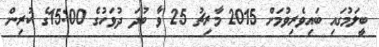
ބީލަމުގައި ބައިވެރިވުމަށް 2015 މާރިޗު 25 ވާ ބުދަ ދުވަހުގެ 15:00ގެ ކުރިން